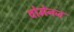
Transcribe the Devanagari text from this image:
वोमेनज